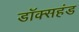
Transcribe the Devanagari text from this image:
डॉक्सहंड